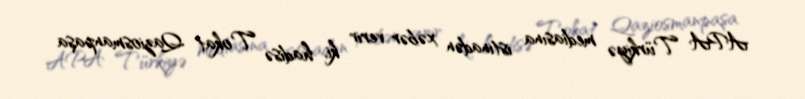
APA Türkiyə mediasına istinadən xəbər verir ki, hadisə Tokat Qaziosmanpaşa